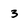
Character: 3